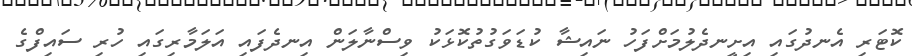
ކޮޓަރި އެނދުގައި އިށީނދެލުމަށްފަހު ނައިޝާ ކުޑަވަގުތުކޮޅަކު ވިސްނާލަން އިނދެފައި އަލަމާރިގައި ހުރި ސައިފްގެ